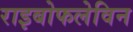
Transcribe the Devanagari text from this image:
राइबोफलेविन